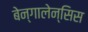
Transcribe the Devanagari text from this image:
बेन्गालेन्सिस